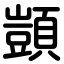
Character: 顗